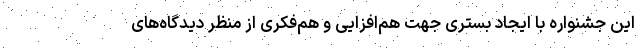
این جشنواره با ایجاد بستری جهت هم‌افزایی و هم‌فکری از منظر دیدگاه‌های